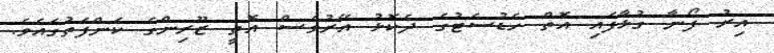
އިރު ފޯނާ ގުޅާފައި އޮތް ހެޑުސެޓުގެ ދެކޮޅު އޭރުވެސް އޮތީ ޒޫރިންގެ ކަންފަތުގައެވެ.